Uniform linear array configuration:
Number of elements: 4
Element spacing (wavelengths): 0.5
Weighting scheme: cosine
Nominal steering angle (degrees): -15
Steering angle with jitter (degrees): -16.003
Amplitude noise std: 0.05
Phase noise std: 0.05

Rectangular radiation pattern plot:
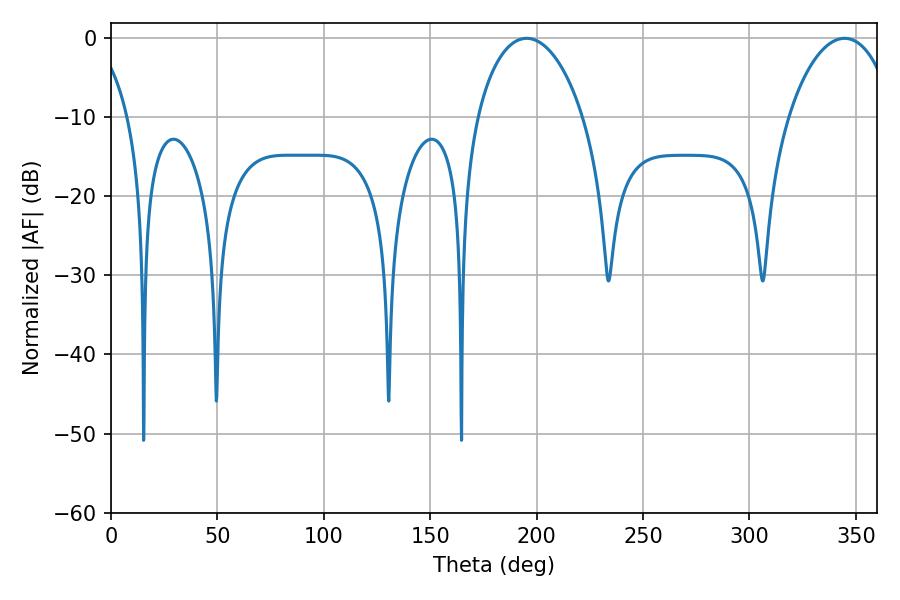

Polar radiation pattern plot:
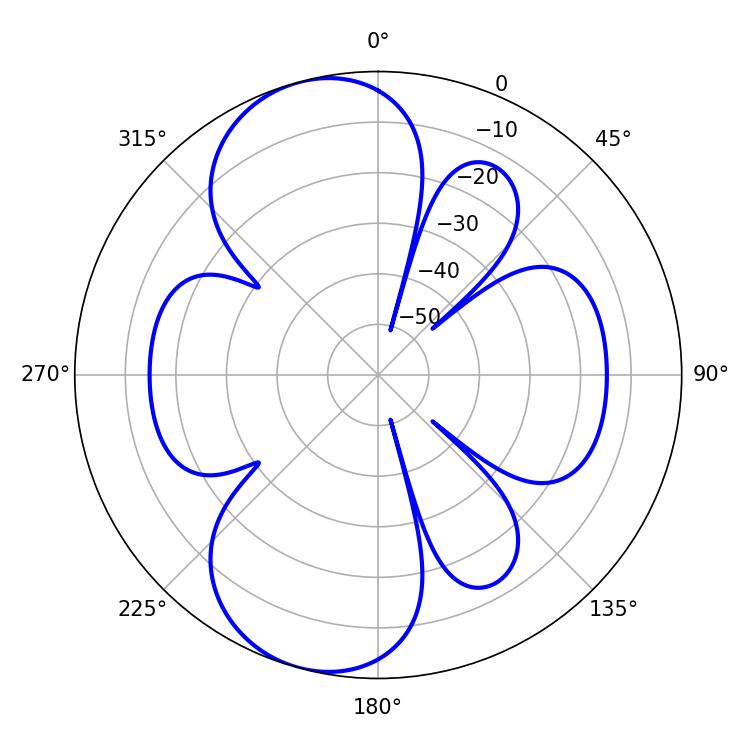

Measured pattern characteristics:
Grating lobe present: FALSE
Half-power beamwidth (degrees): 28.44
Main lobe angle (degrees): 195.3